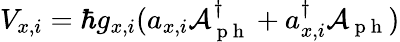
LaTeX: V_{x,i}=\hbar g_{x,i}(a_{x,i}\mathcal{A}_{\mathrm{~p~h~}}^{\dagger}+a_{x,i}^{\dagger}\mathcal{A}_{\mathrm{~p~h~}})